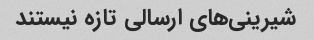
شیرینی‌های ارسالی تازه نیستند